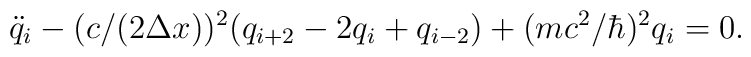
\ddot q_i -(c/(2\Delta x))^2(q_{i + 2} - 2q_i + q_{i - 2}) +(mc^2/\hbar)^2 q_i= 0.